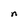
Character: n